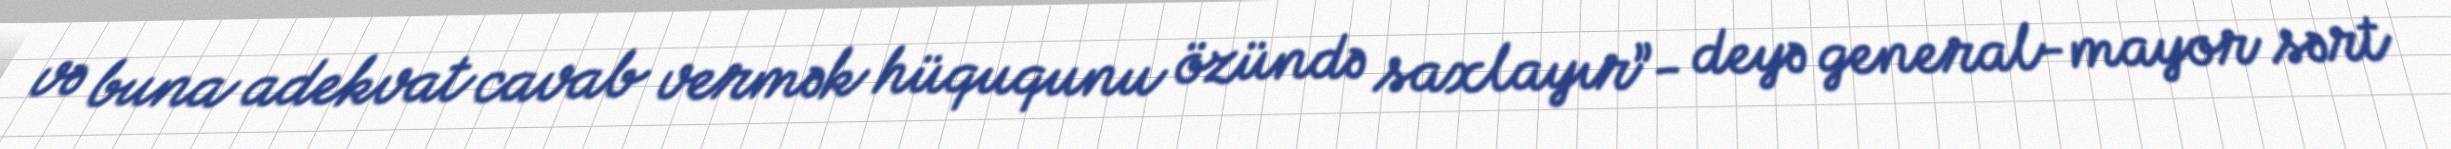
və buna adekvat cavab vermək hüququnu özündə saxlayır”- deyə general-mayor sərt